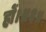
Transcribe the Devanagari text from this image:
हों।॥६॥